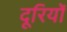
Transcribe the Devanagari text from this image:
दूरियोँ